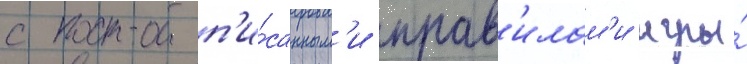
с проп'и́санным'и прав'илам'и игры́